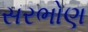
સરભોણ